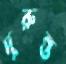
দুরুন্ত